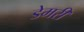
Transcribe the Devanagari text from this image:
डेमरी